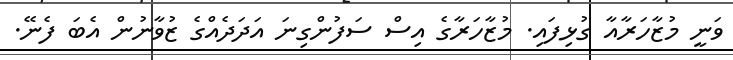
ވަނީ މުޒާހަރާއާ ގުޅިފައި. މުޒާހަރާގެ އިސް ސަފުންގިނަ އަދަދެއްގެ ޒުވާނުން އެބަ ފެނޭ.